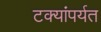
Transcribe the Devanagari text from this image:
टक्यांपर्यत